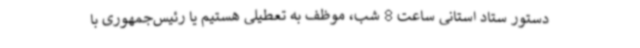
دستور ستاد استانی ساعت 8 شب، موظف به تعطیلی هستیم یا رئیس‌جمهوری با